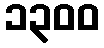
၁၃၀၀